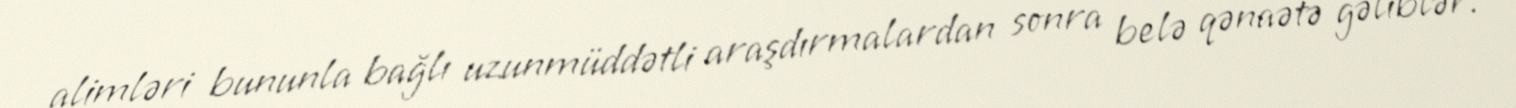
alimləri bununla bağlı uzunmüddətli araşdırmalardan sonra belə qənaətə gəliblər.